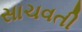
સાચવતી